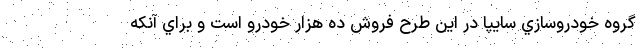
گروه خودروسازي سايپا در این طرح فروش ده هزار خودرو است و براي آنكه